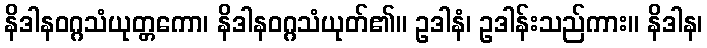
နိဒါနဝဂ္ဂသံယုတ္တကော၊ နိဒါနဝဂ္ဂသံယုတ်၏။ ဥဒါနံ၊ ဥဒါန်းသည်ကား။ နိဒါန၊